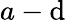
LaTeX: a-\mathrm{d}